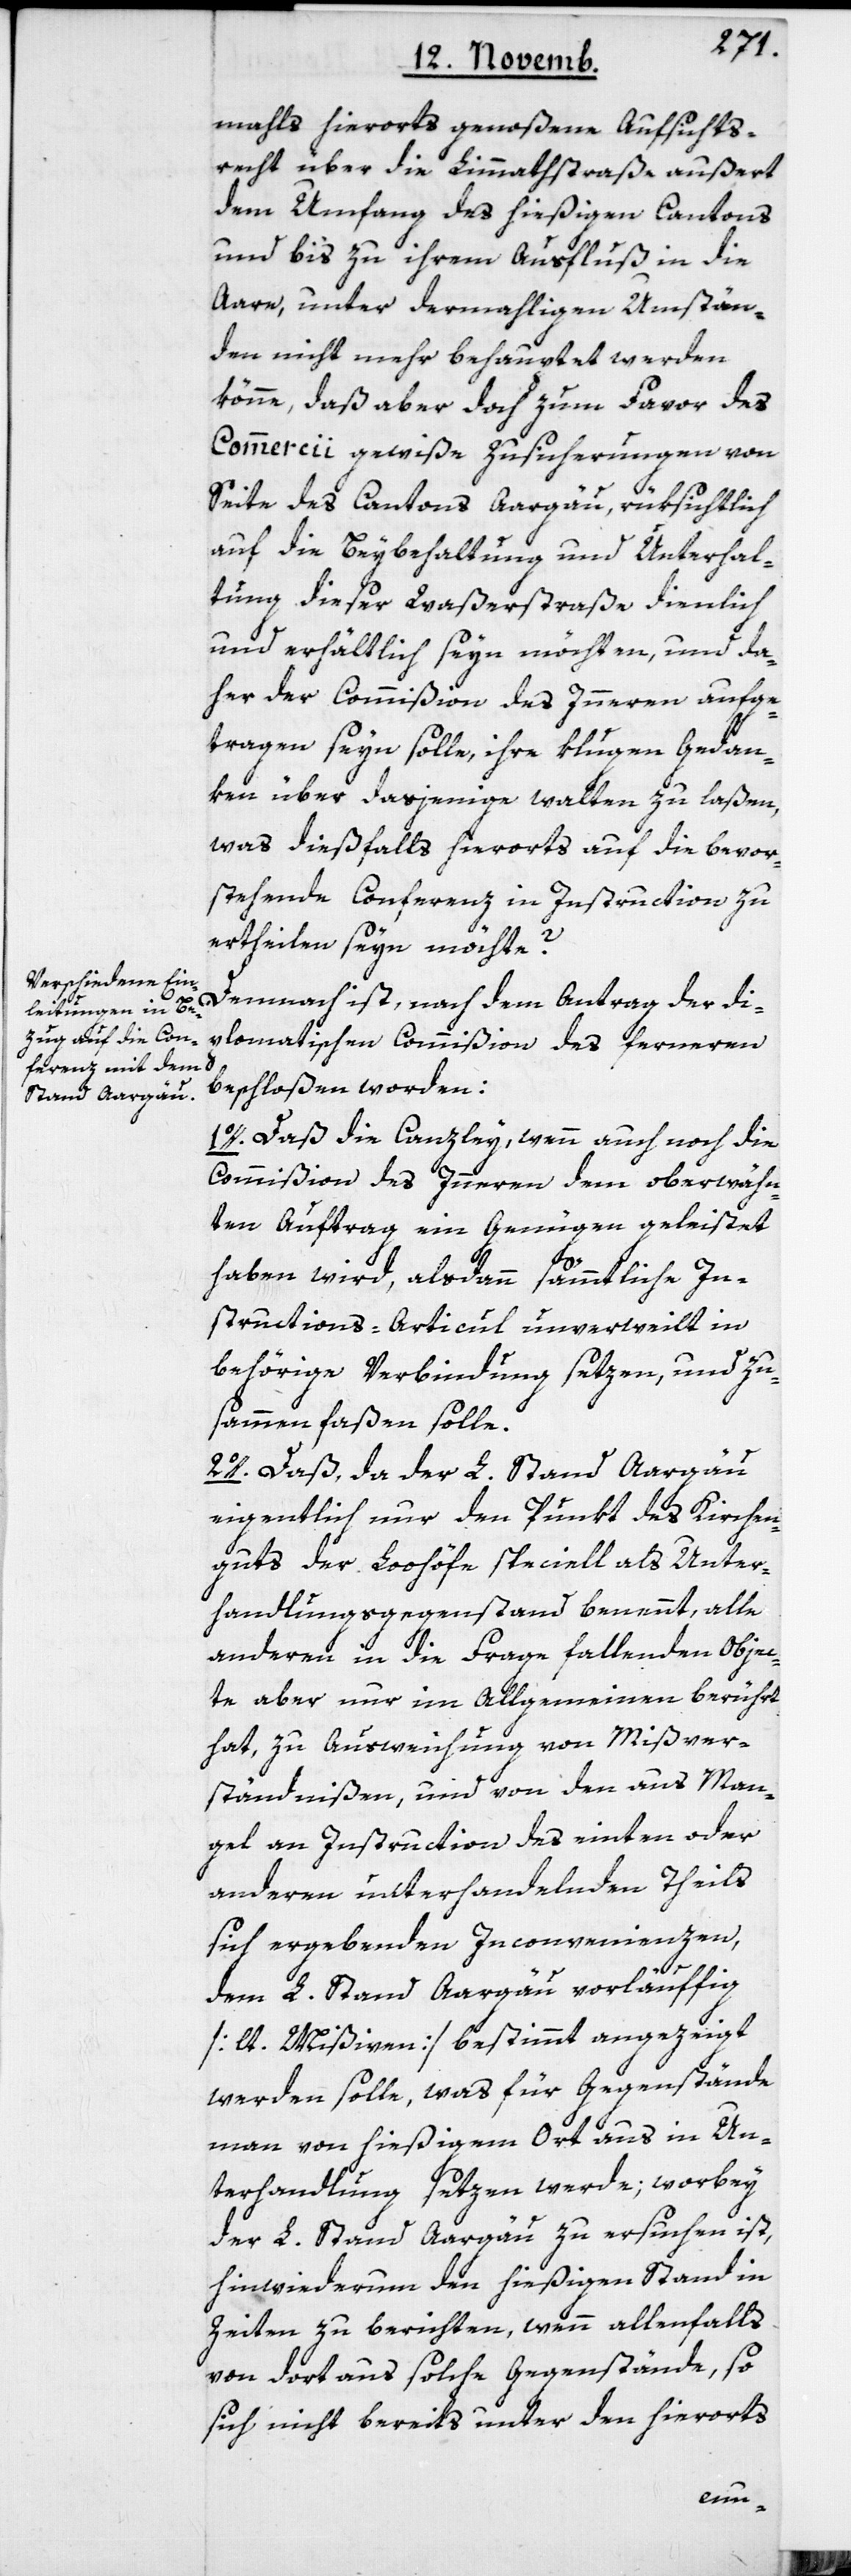
mahls hierorts genoßene Aufsichts¬
recht über die Limmathstraße außert
dem Umfang des hießigen Cantons
bis zu ihrem Ausfluß in die
Aare, unter dermahligen Umstän¬
den nicht mehr behauptet werden
könne, daß aber doch zum Favor des
Commercii gewiße Zusicherungen von
Seite des Cantons Aargäu, rüksichtlich
auf die Beybehaltung und Unterhal¬
tung dieser Waßerstraße dienlich
und erhältlich seyn möchten, und da¬
her der Commißion des Innern aufge¬
tragen seyn solle, ihre klugen Gedan¬
ken über dasjenige walten zu laßen,
was dießfalls hierorts auf die bevor¬
stehende Conferenz in Instruction zu
ertheilen seyn möchte?
Demnach ist, nach dem Antrag der di¬
plomatischen Commißion des ferneren
beschloßen worden:
1o. Daß die Canzley, wenn auch noch die
Commißion des Innern dem oberwähn¬
ten Auftrag ein Genügen geleistet
haben wird, alsdann sämmtliche In¬
structions-Articul unverweilt in
behörige Verbindung setzen, und zu¬
sammenfaßen solle.
2o. Daß, da der L. Stand Aargäu
eigentlich nur den Punkt des Kirchen¬
guts der Loohöfe speciell als Unter¬
handlungs-Gegenstand benennt, alle
anderen in die Frage fallenden Objec¬
te aber nur im Allgemeinen berührt
hat, zu Ausweichung von Mißver¬
ständnißen, und von den aus Man¬
gel an Instruction des einten oder
anderen unterhandelnden Theils
sich ergebenden Inconvenienzen,
dem L. Stand Aargäu vorläuffig
[lt. Mißiven] bestimmt angezeigt
werden solle, was für Gegenstände
man von hießigem Ort aus in Un¬
terhandlung setzen werde; worbey
der L. Stand Aargäu zu ersuchen ist,
hinwiederum den hießigen Stand in
Zeiten zu berichten, wenn allenfalls
von dort aus solche Gegenstände, so
sich nicht bereits unter den hierorts